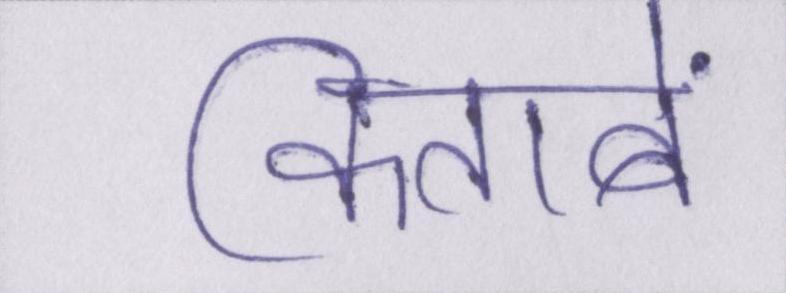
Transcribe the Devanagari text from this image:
किताबें